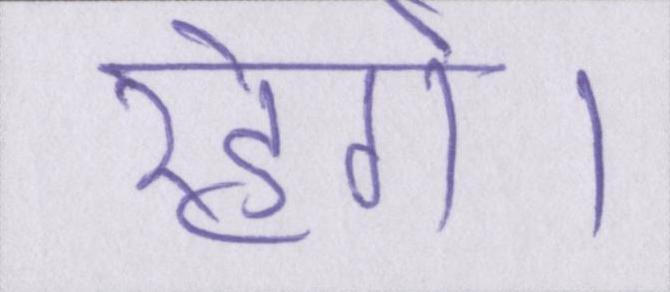
रहेगे।